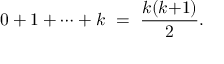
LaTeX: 0 + 1 + \cdots + k \ = \ { \frac { k ( k { + } 1 ) } { 2 } } .